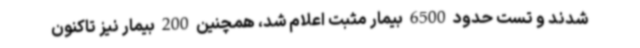
شدند و تست حدود 6500 بیمار مثبت اعلام شد، همچنین 200 بیمار نیز تاکنون